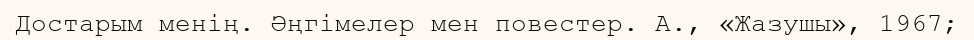
Достарым менің. Әңгімелер мен повестер. А., «Жазушы», 1967;